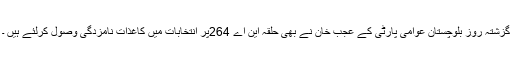
گزشتہ روز بلوچستان عوامی پارٹی کے عجب خان نے بھی حلقہ این اے 264پر انتخابات میں کاغذات نامزدگی وصول کرلئے ہیں ۔